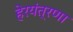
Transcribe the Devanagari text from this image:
हेरयंत्रणा